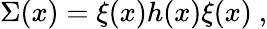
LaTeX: \Sigma(x)=\xi(x)h(x)\xi(x)\ ,